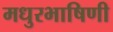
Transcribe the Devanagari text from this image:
मधुरभाषिणी